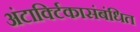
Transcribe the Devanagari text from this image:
अंटार्क्टिकासंबंधित